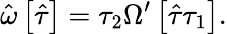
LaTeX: \hat{\omega}\left[\hat{\tau}\right]=\tau_{2}\Omega^{\prime}\left[\hat{\tau}\tau_{1}\right].